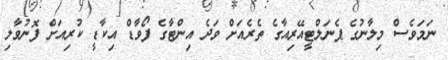
ނަމަވެސް މިލާނުގެ ޕެނަލްޓީއޭރިއާގެ ތެރެއަށް ވަދެ އިންޓާގެ ފޯވާޑް އިކާޑީ ކުރިއަށް ފޮނުވާލި